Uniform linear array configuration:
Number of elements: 32
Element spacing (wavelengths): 0.25
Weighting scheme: hann
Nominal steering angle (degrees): -15
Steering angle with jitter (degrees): -13.69
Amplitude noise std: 0.05
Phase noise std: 0.05

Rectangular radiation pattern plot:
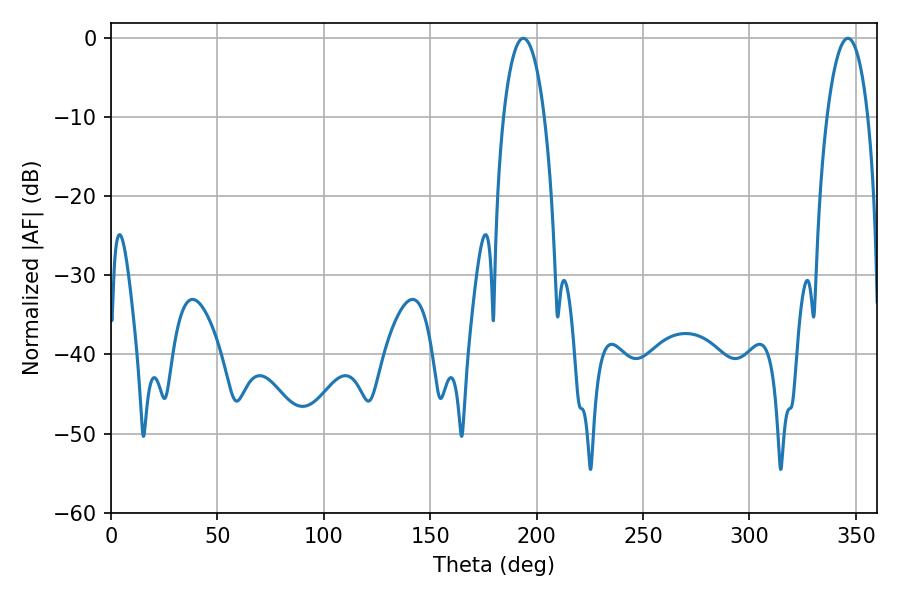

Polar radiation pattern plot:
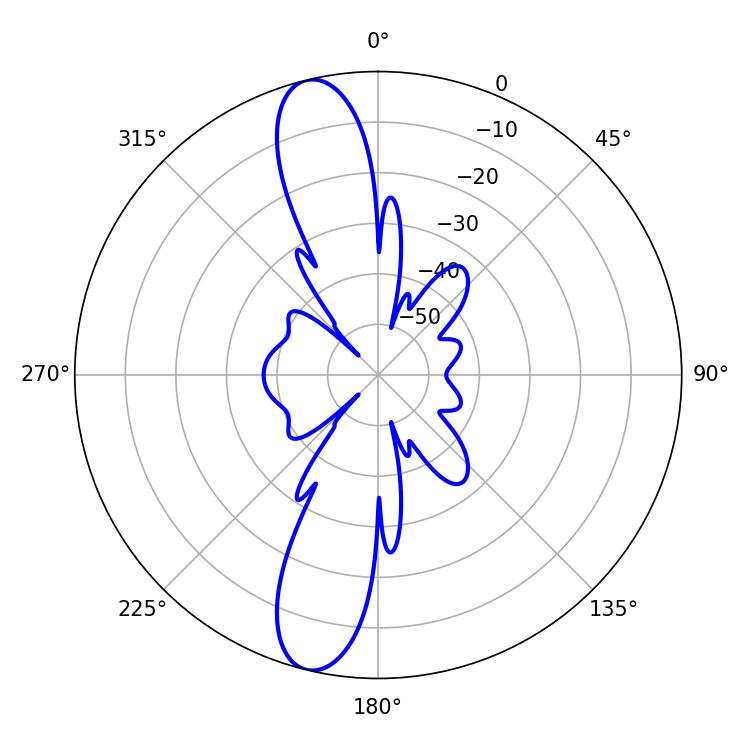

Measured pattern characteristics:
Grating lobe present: FALSE
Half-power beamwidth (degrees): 10.8
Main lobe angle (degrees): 193.68